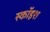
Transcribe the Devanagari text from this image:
स्कॉइश